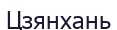
Цзянхань